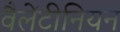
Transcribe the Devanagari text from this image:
वैलेंटीनियन